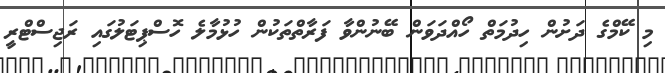
މި ކޭމްގެ ދަށުން ހިދުމަތް ހޯއްދަވަން ބޭނުންވާ ފަރާތްތަކުން ހުޅުމާލެ ހޮސްޕިޓަލުގައި ރަޖިސްޓްރީ